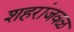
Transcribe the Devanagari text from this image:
शहरांजवळ